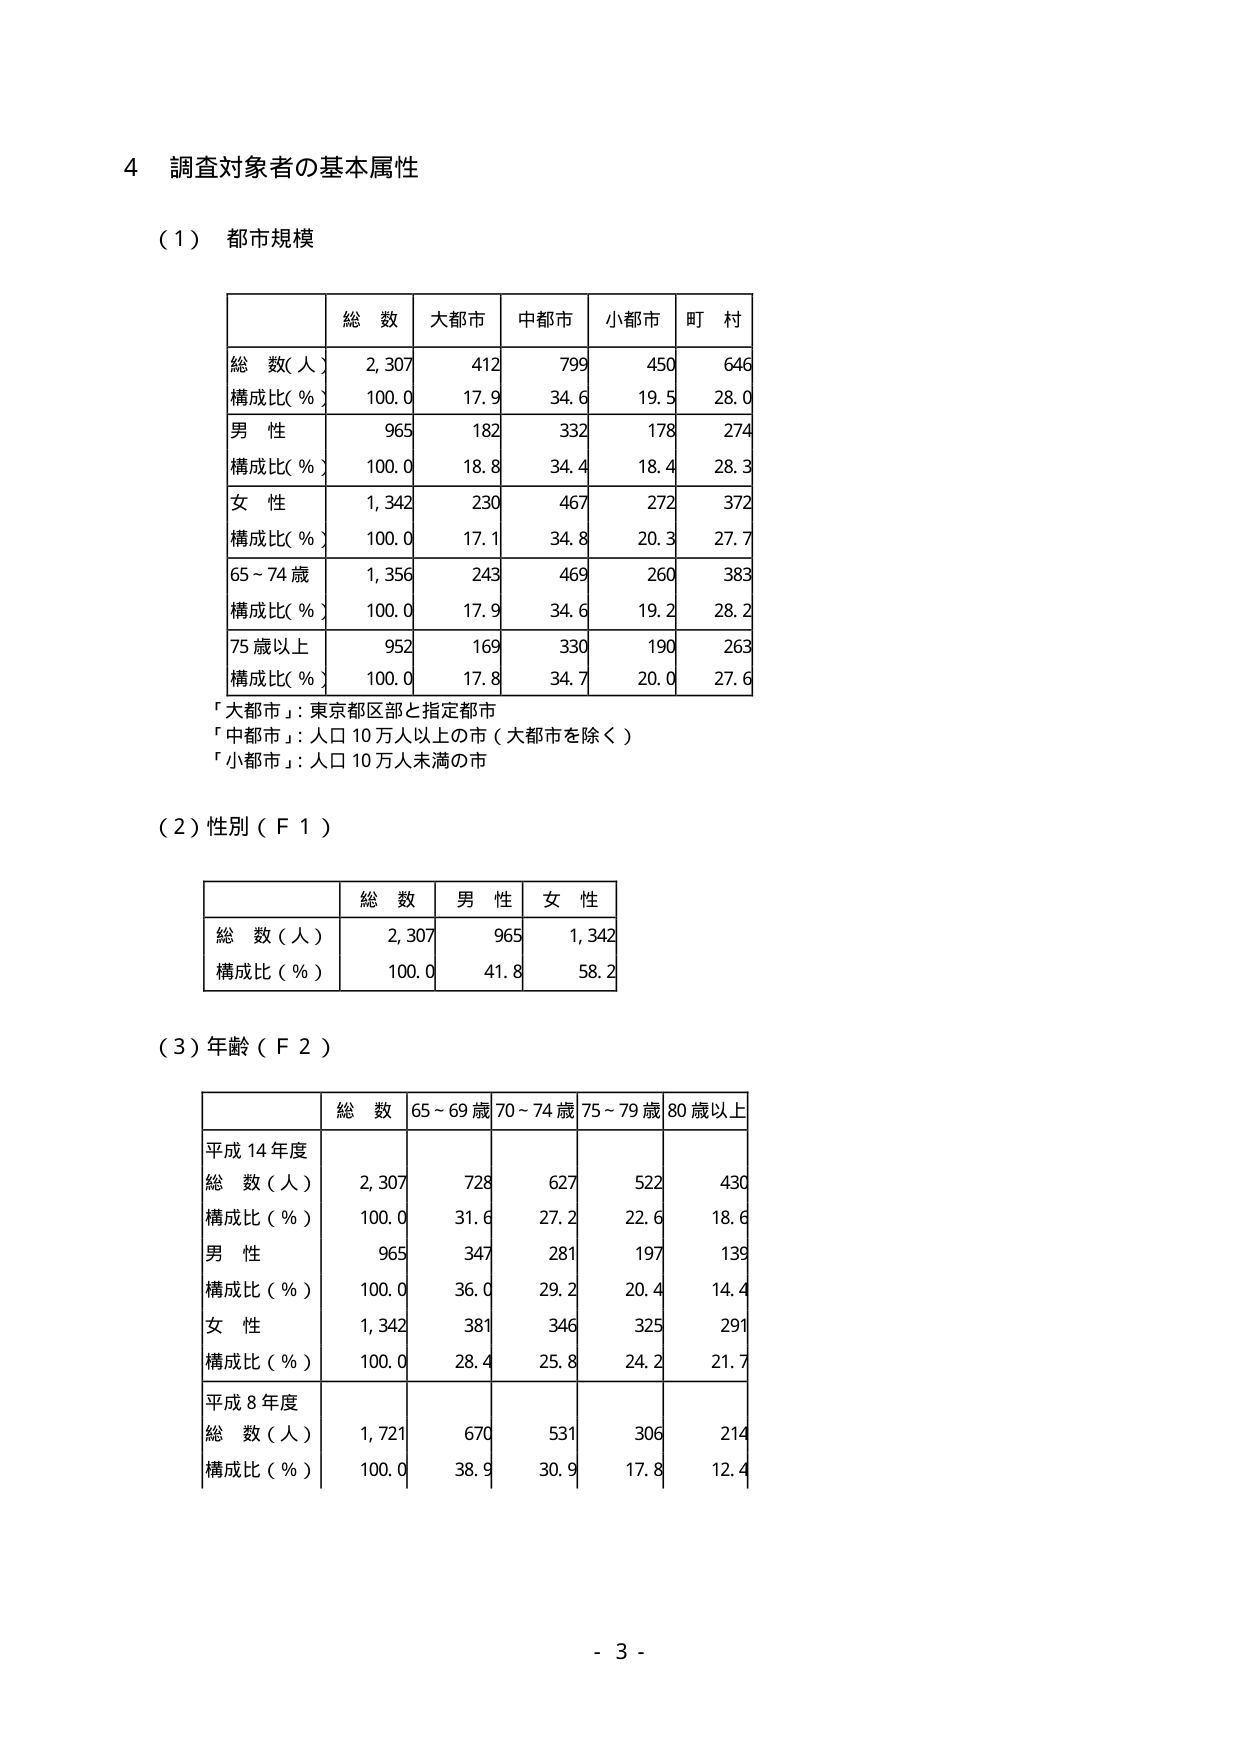
4 調査対象者の基本属性

（1）都市規模

| | 総数 | 大都市 | 中都市 | 小都市 | 町村 |
|---|---|---|---|---|---|
| 総数（人） | 2,307 | 412 | 799 | 450 | 646 |
| 構成比（％） | 100.0 | 17.9 | 34.6 | 19.5 | 28.0 |
| 男性 | 965 | 182 | 332 | 178 | 274 |
| 構成比（％） | 100.0 | 18.8 | 34.4 | 18.4 | 28.3 |
| 女性 | 1,342 | 230 | 467 | 272 | 372 |
| 構成比（％） | 100.0 | 17.1 | 34.8 | 20.3 | 27.7 |
| 65～74歳 | 1,356 | 243 | 469 | 260 | 383 |
| 構成比（％） | 100.0 | 17.9 | 34.6 | 19.2 | 28.2 |
| 75歳以上 | 952 | 169 | 330 | 190 | 263 |
| 構成比（％） | 100.0 | 17.8 | 34.7 | 20.0 | 27.6 |

「大都市」：東京都区部と指定都市
「中都市」：人口10万人以上の市（大都市を除く）
「小都市」：人口10万人未満の市

（2）性別（F1）

| | 総数 | 男性 | 女性 |
|---|---|---|---|
| 総数（人） | 2,307 | 965 | 1,342 |
| 構成比（％） | 100.0 | 41.8 | 58.2 |

（3）年齢（F2）

| | 総数 | 65～69歳 | 70～74歳 | 75～79歳 | 80歳以上 |
|---|---|---|---|---|---|
| 平成14年度 | | | | | |
| 総数（人） | 2,307 | 728 | 627 | 522 | 430 |
| 構成比（％） | 100.0 | 31.6 | 27.2 | 22.6 | 18.6 |
| 男性 | 965 | 347 | 281 | 197 | 139 |
| 構成比（％） | 100.0 | 36.0 | 29.2 | 20.4 | 14.4 |
| 女性 | 1,342 | 381 | 346 | 325 | 291 |
| 構成比（％） | 100.0 | 28.4 | 25.8 | 24.2 | 21.7 |
| 平成8年度 | | | | | |
| 総数（人） | 1,721 | 670 | 531 | 306 | 214 |
| 構成比（％） | 100.0 | 38.9 | 30.9 | 17.8 | 12.4 |

- 3 -